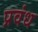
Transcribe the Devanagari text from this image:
प्रवंध